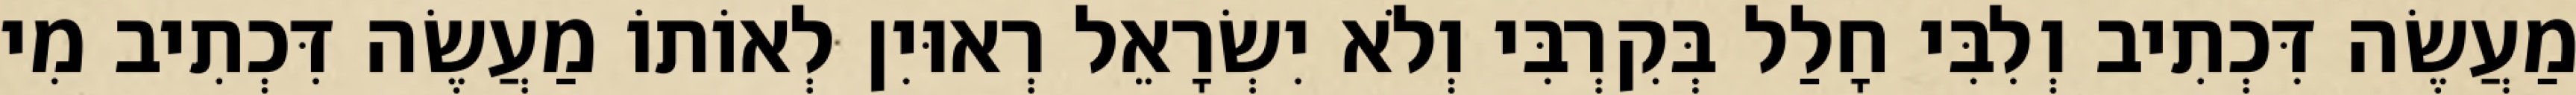
מַעֲשֶׂה דִּכְתִיב וְלִבִּי חָלַל בְּקִרְבִּי וְלֹא יִשְׂרָאֵל רְאוּיִן לְאוֹתוֹ מַעֲשֶׂה דִּכְתִיב מִי